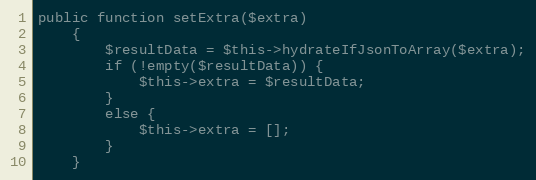
Language: PHP
public function setExtra($extra)
    {
        $resultData = $this->hydrateIfJsonToArray($extra);
        if (!empty($resultData)) {
            $this->extra = $resultData;
        }
        else {
            $this->extra = [];
        }
    }